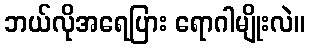
ဘယ်လိုအရေပြား ရောဂါမျိုးလဲ။